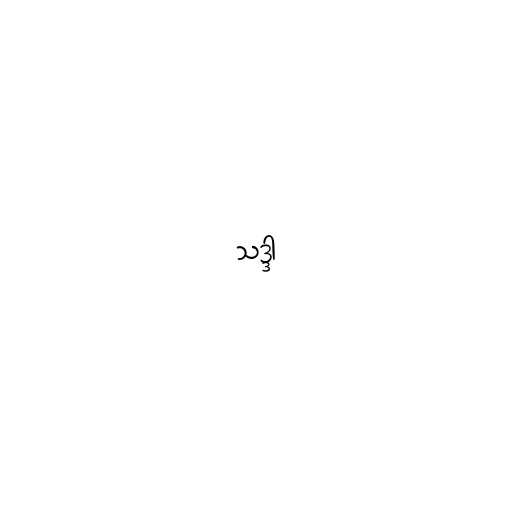
သဒ္ဒါ